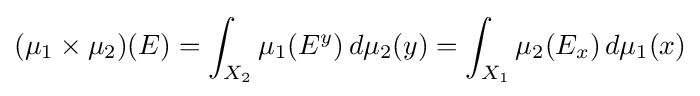
(\mu _{1}\times \mu _{2})(E)=\int _{X_{2}}\mu _{1}(E^{y})\,d\mu _{2}(y)=\int _{X_{1}}\mu _{2}(E_{x})\,d\mu _{1}(x)